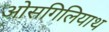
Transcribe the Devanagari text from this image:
ओसगिलियाथ